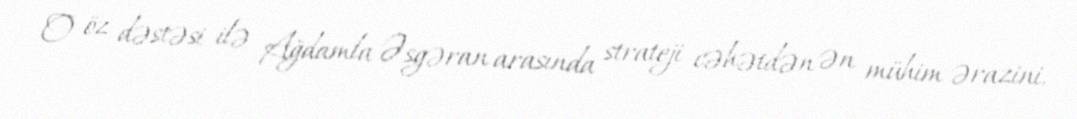
O öz dəstəsi ilə Ağdamla Əsgəran arasında strateji cəhətdən ən mühim ərazini,